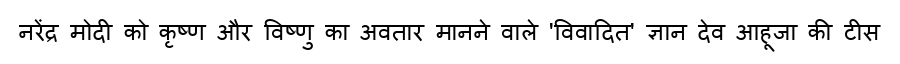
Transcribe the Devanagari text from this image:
नरेंद्र मोदी को कृष्ण और विष्णु का अवतार मानने वाले 'विवादित' ज्ञान देव आहूजा की टीस